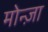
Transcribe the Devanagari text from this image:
मोन्ज़ा